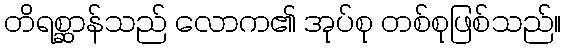
တိရစ္ဆာန်သည် လောက၏ အုပ်စု တစ်စုဖြစ်သည်။